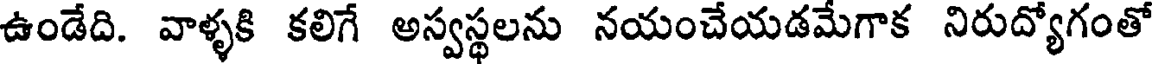
ఉండేది. వాళ్ళకి కలిగే అస్వస్థలను నయంచేయడమేగాక నిరుద్యోగంతో